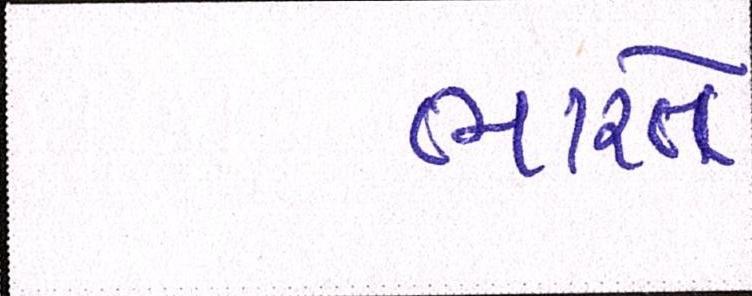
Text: ભારતે